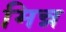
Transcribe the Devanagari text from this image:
मिन्न